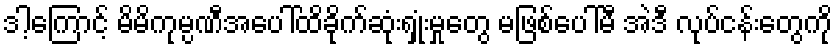
ဒါ့ကြောင့် မိမိကုမ္ပဏီအပေါ်ထိခိုက်ဆုံးရှုံးမှုတွေ မဖြစ်ပေါ်မီ အဲဒီ လုပ်ငန်းတွေကို